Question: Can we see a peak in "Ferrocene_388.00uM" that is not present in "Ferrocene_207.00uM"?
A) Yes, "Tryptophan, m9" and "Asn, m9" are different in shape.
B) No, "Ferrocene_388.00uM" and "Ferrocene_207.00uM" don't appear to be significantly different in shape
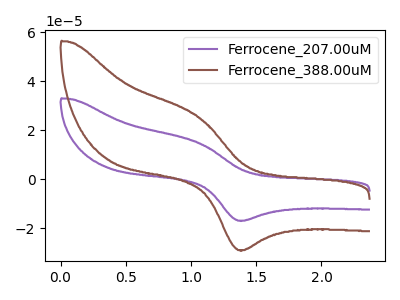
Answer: <think>The purple curve "Ferrocene_207.00uM" has an anodic peak at (1.05V, 14.85uA) and a cathodic peak at (1.40V, -16.95uA). The brown curve "Ferrocene_388.00uM" has an anodic peak at (1.05V, 25.40uA) and a cathodic peak at (1.40V, -29.00uA).
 All the peaks in "Ferrocene_388.00uM" have a peak in "Ferrocene_207.00uM" at the same potential. Every peak in "Ferrocene_388.00uM" is higher than every peak in "Ferrocene_207.00uM".</think>
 <answer>B) No, "Ferrocene_388.00uM" and "Ferrocene_207.00uM" don't appear to be significantly different in shape</answer>
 <eval>B</eval>